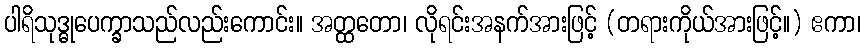
ပါရိသုဒ္ဓုပေက္ခာသည်လည်းကောင်း။ အတ္ထတော၊ လိုရင်းအနက်အားဖြင့် (တရားကိုယ်အားဖြင့်။) ဧကာ၊